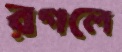
রগলে